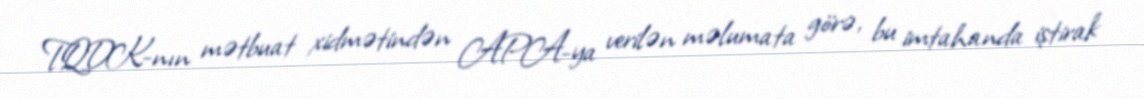
TQDK-nın mətbuat xidmətindən APA-ya verilən məlumata görə, bu imtahanda iştirak